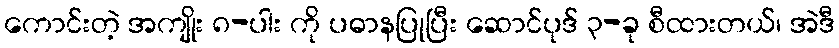
ကောင်းတဲ့ အကျိုး ၈-ပါး ကို ပဓာနပြုပြီး ဆောင်ပုဒ် ၃-ခု စီထားတယ်၊ အဲဒီ